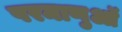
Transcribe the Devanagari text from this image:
परमाणुऑ